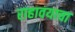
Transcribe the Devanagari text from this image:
राहावयाचा